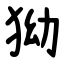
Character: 狕